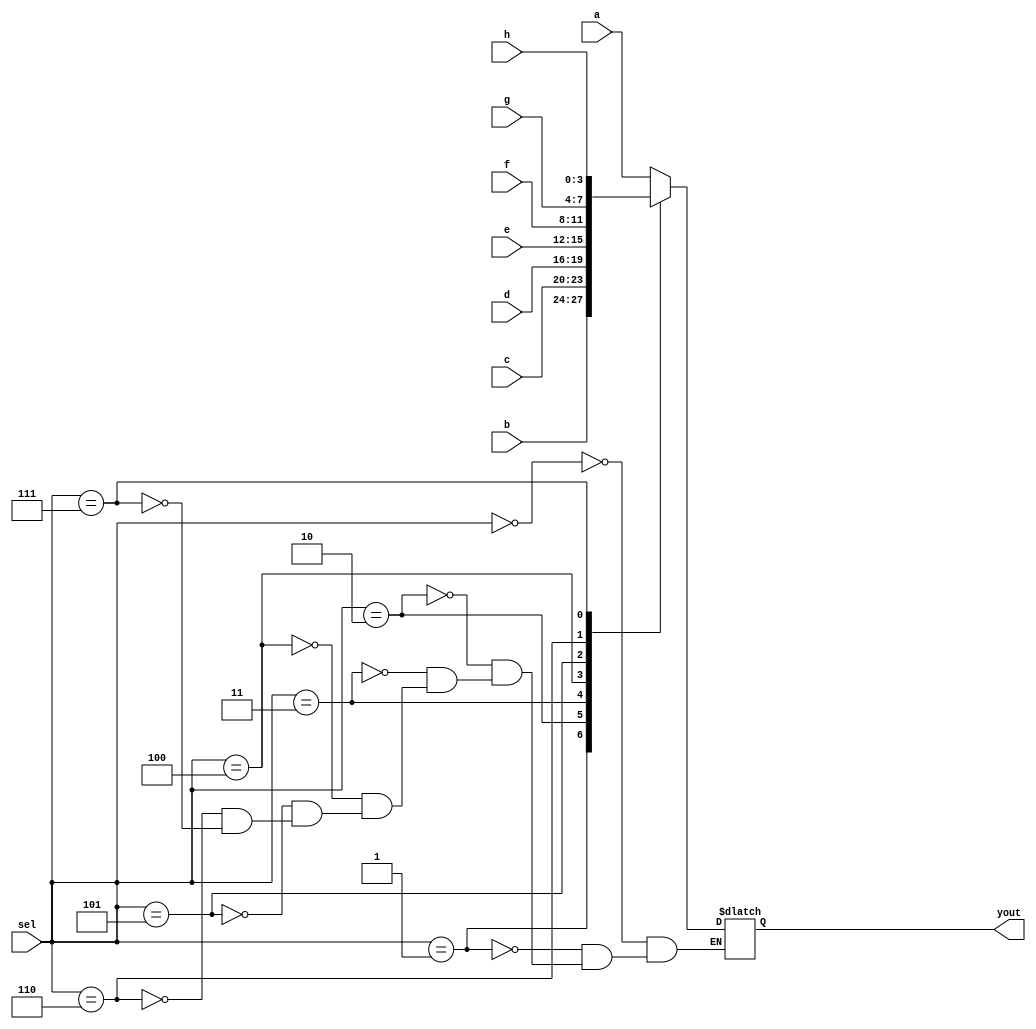
// Code your design here
`timescale 1ns / 1ps

module eightbyonemux (
  input [3:0] a,
  input [3:0] b,
  input [3:0] c,
  input [3:0] d,
  input [3:0] e,
  input [3:0] f,
  input [3:0] g,
  input [3:0] h,
  input [3:0] sel,
  output reg [3:0] yout
);
  
  always @ (a or b or c or d or e or f or g or h or sel) begin
    
    
    case(sel)
      3'b000 : yout <= a;
      3'b001 : yout <= b;
      3'b010 : yout <= c;
      3'b011 : yout <= d;
      3'b100 : yout <= e;
      3'b101 : yout <= f;
      3'b110 : yout <= g;
      3'b111 : yout <= h;
    endcase
  end
endmodule